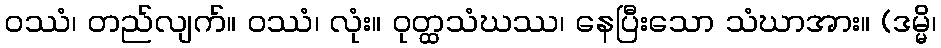
ဝဿံ၊ တည်လျက်။ ဝဿံ၊ လုံး။ ဝုတ္ထသံဃဿ၊ နေပြီးသော သံဃာအား။ (ဒမ္မိ၊